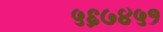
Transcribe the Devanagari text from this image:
५६७४५१